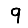
Digit: 9